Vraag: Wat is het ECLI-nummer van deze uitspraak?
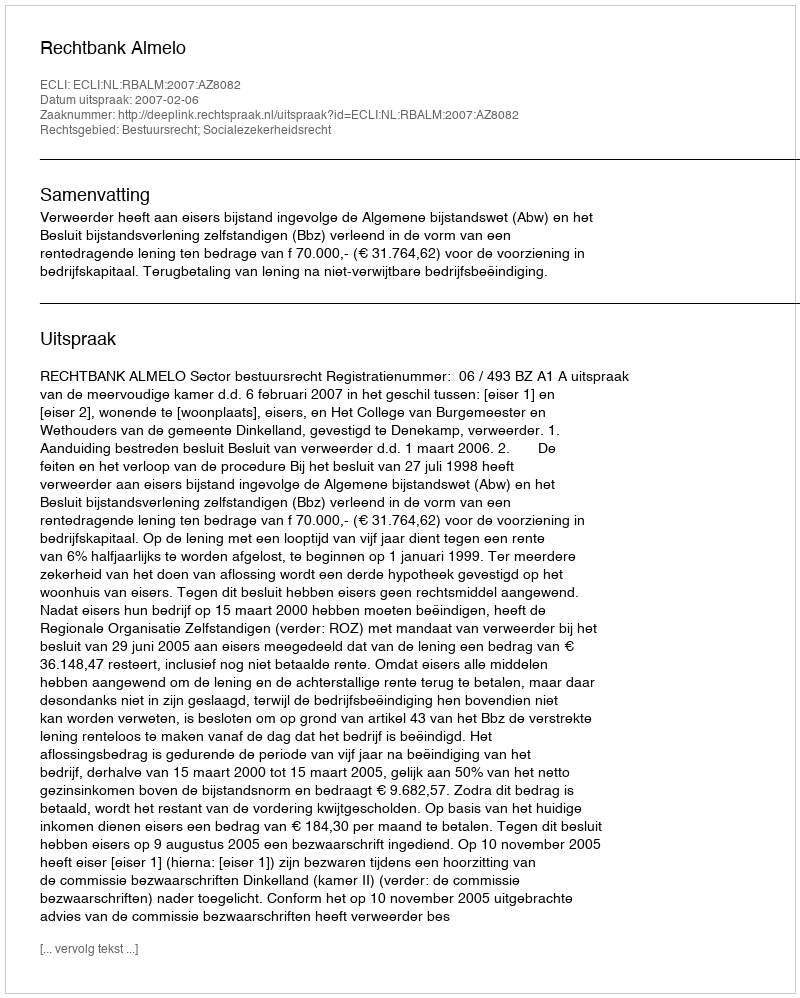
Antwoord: ECLI:NL:RBALM:2007:AZ8082